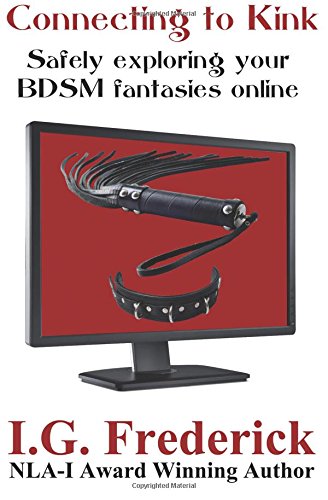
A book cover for Connecting to Kink: Safely exploring your BDSM fantasies online; I.G. Frederick; Self-Help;